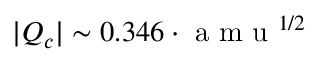
| Q _ { c } | \sim 0 . 3 4 6 \AA \cdot \mathrm { ~ a ~ m ~ u ~ } ^ { 1 / 2 }